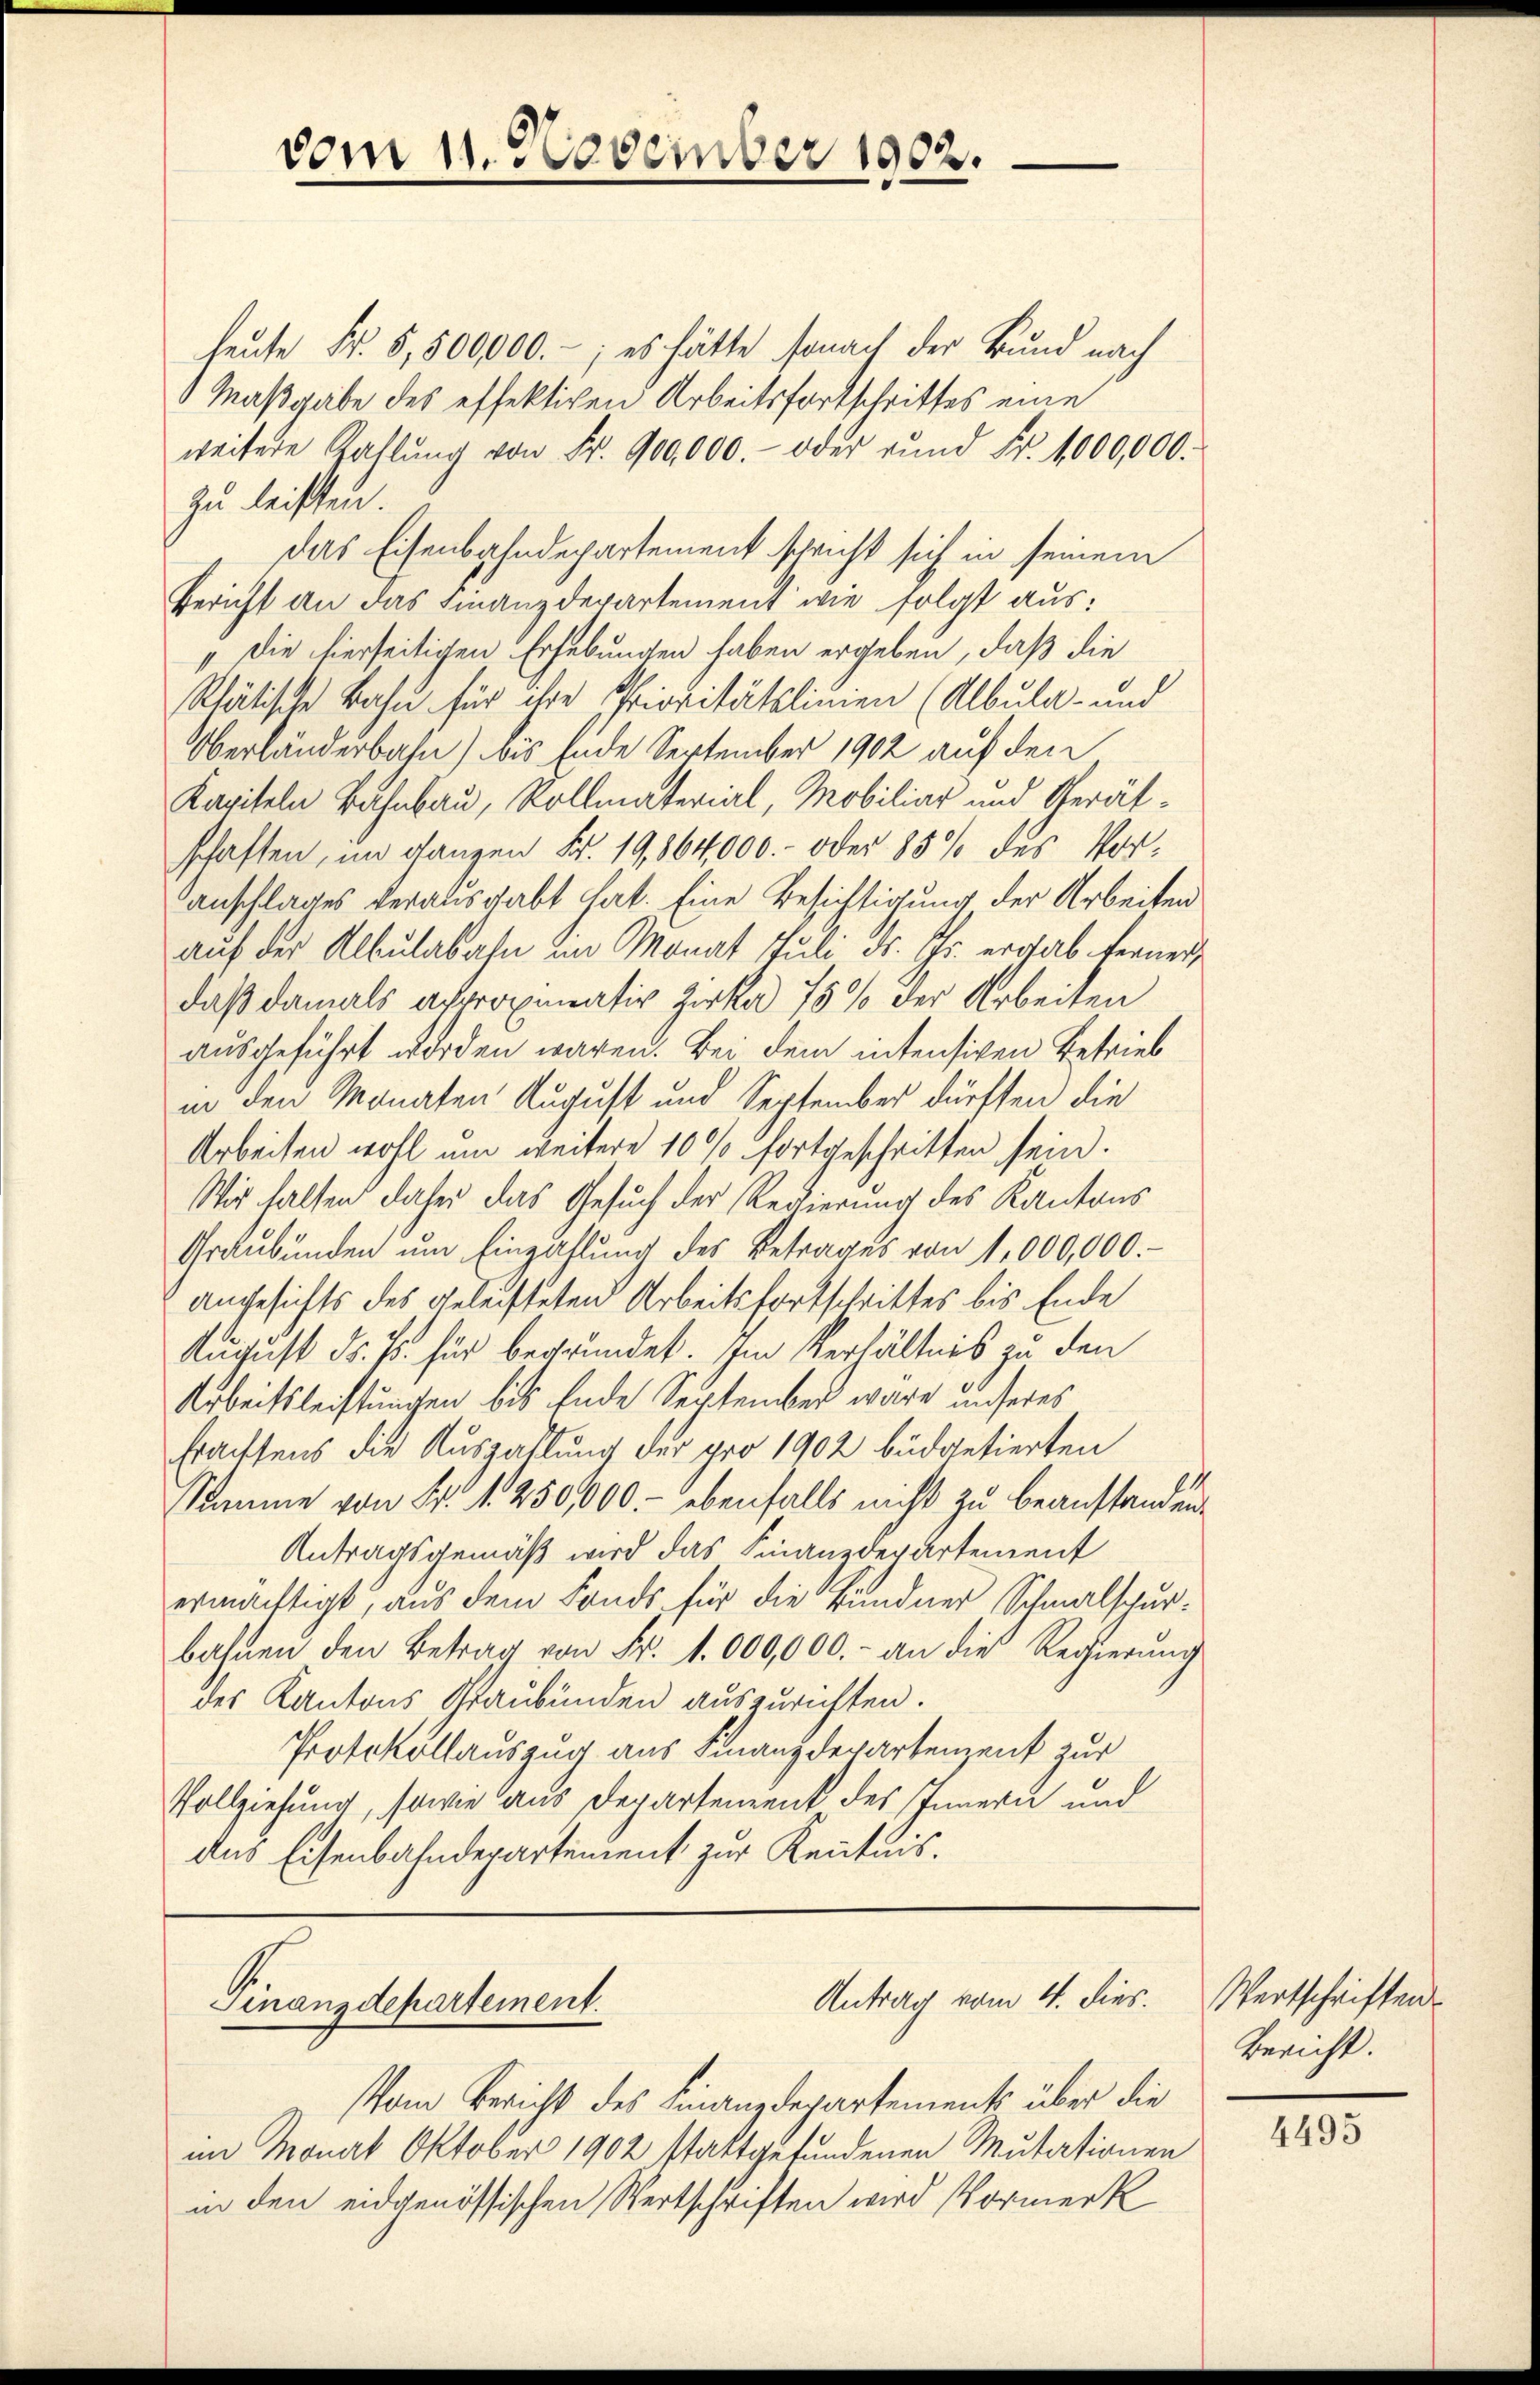
vom 11. November 1902.

Antrag vom 4. dies.
Finanzdepartement.

heute Fr. 5,500000.-, es hätte sonach der Bund nach
Maßgabe des effektiven Arbeitsfortschrittes eine
weitere Zahlŭng von Fr. 900,000.- oder rŭnd Fr. 1000,000.
zu leisten.
das Eisenbahndepartement schricht sich in seinem
Bericht an das Finanzdepartement wie folgt aus:
„Die hierseitigen Erhebungen haben ergeben, daß die
Rhätische Bahn für ihre Prioritätslinien (Albula- und
Oberlängerbahn) bis Ende September 1902 auf den
Kapiteln Bahnbau, Rollmaterial, Mobiliar und Gerätschaften, im ganzen Fr. 19,864,000.- oder 85 % des Voranschlages verausgabt hat. Eine Besichtigung der Arbeiten
auf der Albulabahn im Monat Juli ds. Chr. ergab ferner
daß damals approximativ Zirka 15% der Arbeiten
ausgeführt worden waren. Bei dem intensiven Betrieb
in den Monaten August und September dürften die
Arbeiten wohl um weitere 10 % fortgeschritten sein.
Wir halten daher das Gesuch der Regierung des Kantons
Graubünden ŭm Einzahlung des Betrages von 1,000,000.-
Angesichts des geleisteten Arbeitsfortschrittes bis Ende
August d. Js. für begründet. Im Verhältnis zu den
Arbeitsleistungen bis Ende September wäre unseres
frachsens die Auszahlung der pro 1902 büdgetierten
Stamme von Fr. 1. 250,000.- ebenfalls nicht zu beanstanden.
Antragsgemäß wird das Finanzdepartement
ermächtigt, aus dem Fonds für die Bündner Schmalspurbahnen den Betrag von Fr. 1. 000,000.- an die Regierŭng
des Kantons, Graubünden auszurichten.
Protokollauszug aus Finanzdepartenzent zur
Vollziehung, sowie aus Departement des Innern und
dus Eisenbahndepartement zur Kenntnis.

Vom Bericht des Finanzdepartements über die
im Monat Oktober 1902 stattgefundenen Mutationen
in den eidgenössischen Wertschriften wird Vormerk

Wertschriften
Bericht.

4495